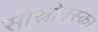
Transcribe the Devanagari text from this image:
सोस्नोवस्का